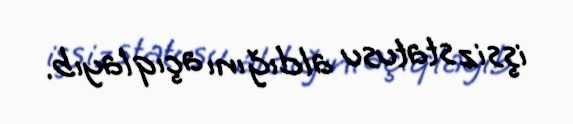
işsiz statusu aldığını açıqlayıb.